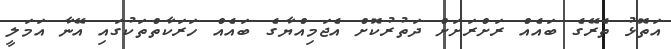
އަތޮޅު ތެރޭގެ ބައެއް ރަށްރަށަށް ދަތުރުކޮށް އެޖަމިއްޔާގެ ބައެއް ހަރަކާތްތަކުގައި އޭނާ އަމަލީ